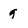
Character: 9